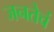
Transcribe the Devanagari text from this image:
जनतेचं